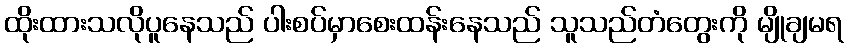
ထိုးထားသလိုပူနေသည် ပါးစပ်မှာစေးထန်းနေသည် သူသည်တံတွေးကို မျိုချမရ